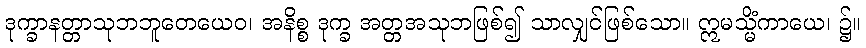
ဒုက္ခာနတ္တာသုဘဘူတေယေဝ၊ အနိစ္စ ဒုက္ခ အတ္တအသုဘဖြစ်၍ သာလျှင်ဖြစ်သော။ ဣမသ္မိံကာယေ၊ ၌။